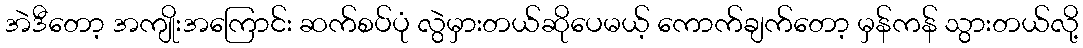
အဲဒီတော့ အကျိုးအကြောင်း ဆက်စပ်ပုံ လွဲမှားတယ်ဆိုပေမယ့် ကောက်ချက်တော့ မှန်ကန် သွားတယ်လို့